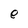
Character: e